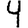
Digit: 4